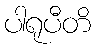
ပါရုပီတိ